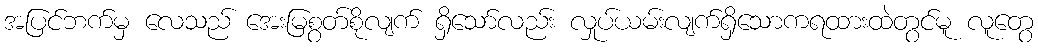
အပြင်ဘက်မှ လေသည် အေးမြစွတ်စိုလျက် ရှိသော်လည်း လှုပ်ယမ်းလျက်ရှိသောကရထားထဲတွင်မူ လူတွေ